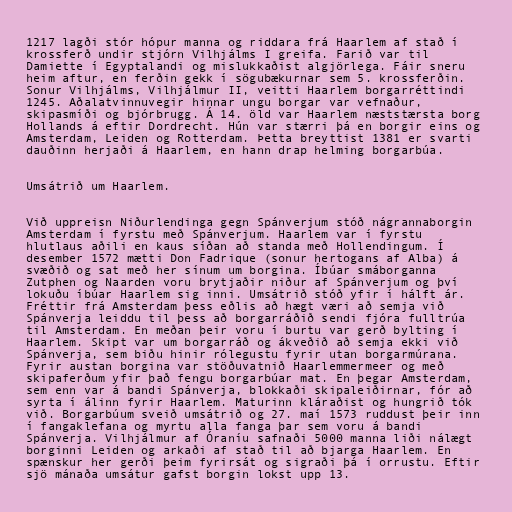
1217 lagði stór hópur manna og riddara frá Haarlem af stað í
krossferð undir stjórn Vilhjálms I greifa. Farið var til
Damiette í Egyptalandi og mislukkaðist algjörlega. Fáir sneru
heim aftur, en ferðin gekk í sögubækurnar sem 5. krossferðin.
Sonur Vilhjálms, Vilhjálmur II, veitti Haarlem borgarréttindi
1245. Aðalatvinnuvegir hinnar ungu borgar var vefnaður,
skipasmíði og bjórbrugg. Á 14. öld var Haarlem næststærsta borg
Hollands á eftir Dordrecht. Hún var stærri þá en borgir eins og
Amsterdam, Leiden og Rotterdam. Þetta breyttist 1381 er svarti
dauðinn herjaði á Haarlem, en hann drap helming borgarbúa.

Umsátrið um Haarlem.

Við uppreisn Niðurlendinga gegn Spánverjum stóð nágrannaborgin
Amsterdam í fyrstu með Spánverjum. Haarlem var í fyrstu
hlutlaus aðili en kaus síðan að standa með Hollendingum. Í
desember 1572 mætti Don Fadrique (sonur hertogans af Alba) á
svæðið og sat með her sínum um borgina. Íbúar smáborganna
Zutphen og Naarden voru brytjaðir niður af Spánverjum og því
lokuðu íbúar Haarlem sig inni. Umsátrið stóð yfir í hálft ár.
Fréttir frá Amsterdam þess eðlis að hægt væri að semja við
Spánverja leiddu til þess að borgarráðið sendi fjóra fulltrúa
til Amsterdam. En meðan þeir voru í burtu var gerð bylting í
Haarlem. Skipt var um borgarráð og ákveðið að semja ekki við
Spánverja, sem biðu hinir rólegustu fyrir utan borgarmúrana.
Fyrir austan borgina var stöðuvatnið Haarlemmermeer og með
skipaferðum yfir það fengu borgarbúar mat. En þegar Amsterdam,
sem enn var á bandi Spánverja, blokkaði skipaleiðirnar, fór að
syrta í álinn fyrir Haarlem. Maturinn kláraðist og hungrið tók
við. Borgarbúum sveið umsátrið og 27. maí 1573 ruddust þeir inn
í fangaklefana og myrtu alla fanga þar sem voru á bandi
Spánverja. Vilhjálmur af Óraníu safnaði 5000 manna liði nálægt
borginni Leiden og arkaði af stað til að bjarga Haarlem. En
spænskur her gerði þeim fyrirsát og sigraði þá í orrustu. Eftir
sjö mánaða umsátur gafst borgin lokst upp 13.